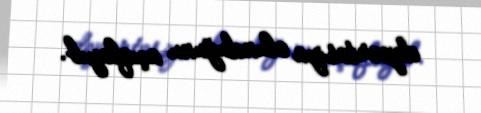
deportasiya olunduğunu açıqlayıb.